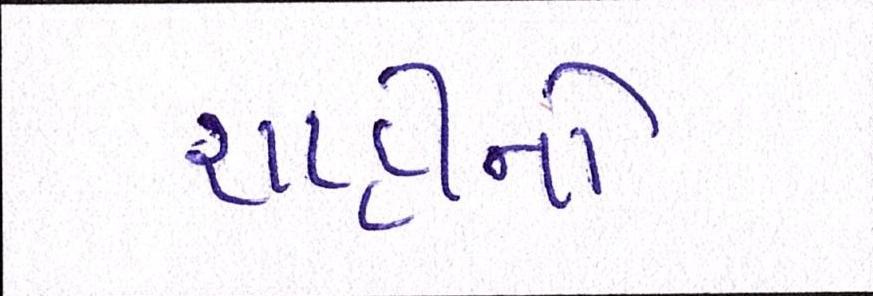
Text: શાહીનો